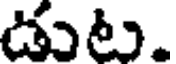
డుట.